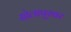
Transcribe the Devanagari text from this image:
सोलापूरवर